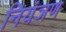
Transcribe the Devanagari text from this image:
नियंञण